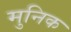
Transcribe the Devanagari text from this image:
मुनिक